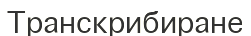
Транскрибиране